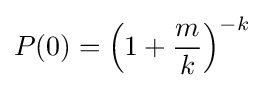
P(0)=\left(1+{\frac {m}{k}}\right)^{-k}